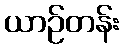
ယာဉ်တန်း